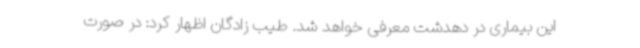
این بیماری در دهدشت معرفی خواهد شد. طیب زادگان اظهار کرد: در صورت